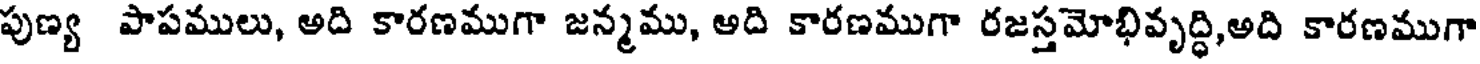
పుణ్య పాపములు, అది కారణముగా జన్మము, అది కారణముగా రజస్తమోభివృద్ధి,అది కారణముగా